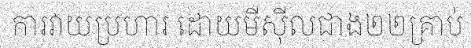
ការវាយប្រហារ ដោយមីស៊ីលជាង២២គ្រាប់